Report by Surgeon-Major Lyons, I.M.S., President of the Plague Research Committee - Part I
Disease focus: Plague
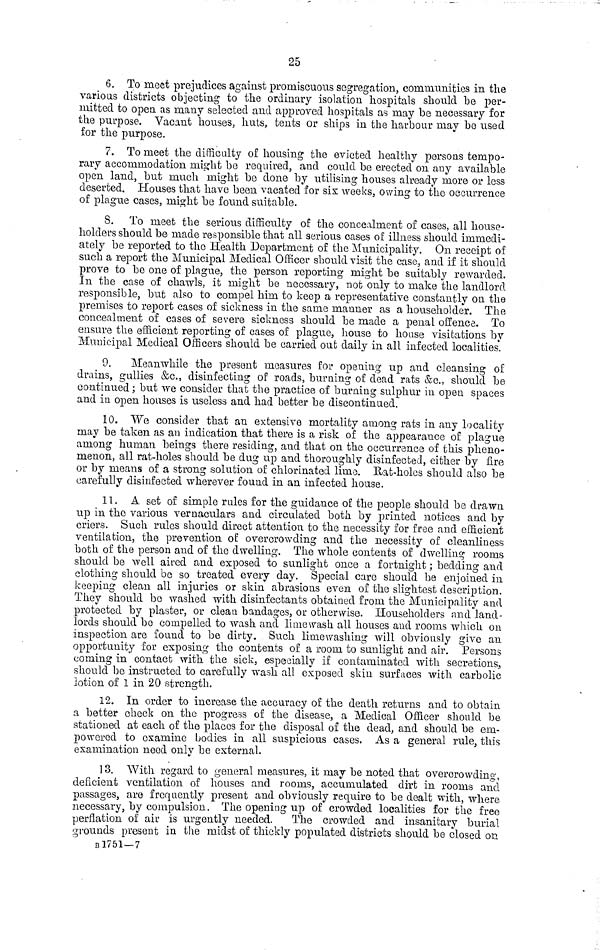
25
6. To meet prejudices against promiscuous segregation, communities in the
various districts objecting to the ordinary isolation hospitals should be per-
mitted to opea as many selected and approved hospitals as may be necessary for
the purpose. Vacant houses, huts, tents or ships in the harbour may be used
for the purpose.
7. To meet the difficulty of housing the evicted healthy persons tempo-
rary accommodation might be required, and could be erected on any available
open land, but much might be done by utilising houses already more or less
deserted. Houses that have been vacated for sis weeks, owing to the occurrence
of plague cases, might be found suitable.
8. To meet the serious difficulty of the concealment of cases, all house-
holders should be made responsible that all serious cases of illness should immedi-
ately be reported to the Health Department of the Municipality. On receipt of
such a report the Municipal Medical Officer should visit the case, and if it should
prove to be one of plague, the person reporting might be suitably rewarded.
In the case of chawls, it might be necessary, not only to make the landlord
responsible, but also to compel him to keep a representative constantly on the
premises to report cases of sickness in the same manner as a householder. The
concealment of cases of severe sickness should be made a penal offence. To
ensure the efficient reporting of cases of plague, house to house visitations by
Municipal Medical Officers should be carried out daily in all infected localities.
9. Meanwhile the present measures for opening up and cleansing of
drains, gullies &c., disinfecting of roads, burning of dead rats &c., should be
continued ; but we consider that the practice of burning sulphur in opea spaces
and in open houses is useless and had better be discontinued.
10. We consider that an extensive mortality among rats in any locality
may be taken as an indication that there is a risk of the appearance of plague
among human beings there residing, and that on the occurrence of this pheno-
menon, all rat-holes should be dug up and thoroughly disinfected, either by fire
or by means of a strong solution of chlorinated lime. Hat-holes should also be
carefully disinfected wherever found in an infected house.
11. A set of simple rules for the guidance of the people should be drawn
up in the various vernaculars and circulated both by printed notices and by
criers. Such rules should direct attention to the necessity for free and efficient
ventilation, the prevention of overcrowding and the necessity of cleanliness
both of the person and of the dwelling. The whole contents of dwelling rooms
should be well aired and exposed to sunlight once a fortnight ; bedding and
clothing should be so treated every clay. Special care should be enjoined in
keeping clean all injuries or skin abrasions even of the slightest description,
They should be washed with disinfectants obtaiued from the Municipality and
protected by plaster, or clean bandages, or otherwise. Householders and land-
lords should bo compelled to wash and lime wash all houses and rooms which on
inspection are found to be dirty. Such lime washing will obviously give an
opportunity for exposing the contents of a room to sunlight and air. Persons
coming in contact with the sick, especially if contaminated with secretions,
should be instructed to carefully wash all exposed skin surfaces with carbolic
lotion of 1 in 20 strength.
12. In order to increase the accuracy of the death returns and to obtain
a better check on the progress of the disease, a Medical Officer should be
stationed at each of the places for the disposal of the dead, and should be em-
powered to examine bodies in all suspicious cases. As a general rule, this
examination need only be external.
13. With regard to general measures, it may be noted that overcrowding,
deficient ventilation of houses and rooms, accumulated dirt in rooms and
passages, are frequently present and obviously require to be dealt with, where
necessary, by compulsion. The opening up of crowded localities for the free
perflation of air is urgently needed. The crowded and insanitary burial
grounds present in the midst of thickly populated districts should be closed on
B1751—7